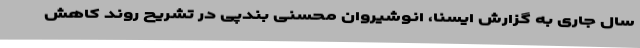
سال جاری به گزارش ایسنا، انوشیروان محسنی بندپی در تشریح روند کاهش